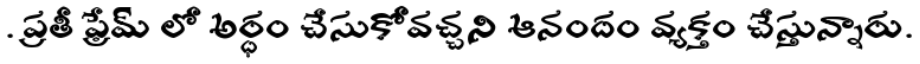
. ప్రతీ ఫ్రేమ్ లో అర్ధం చేసుకోవచ్చని ఆనందం వ్యక్తం చేస్తున్నారు.